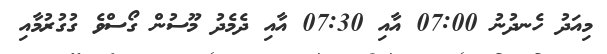
މިއަދު ހެނދުނު 07:00 އާއި 07:30 އާއި ދެމެދު މޫސުން ގޯސްވެ ގުގުރުމާއި